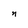
Character: n